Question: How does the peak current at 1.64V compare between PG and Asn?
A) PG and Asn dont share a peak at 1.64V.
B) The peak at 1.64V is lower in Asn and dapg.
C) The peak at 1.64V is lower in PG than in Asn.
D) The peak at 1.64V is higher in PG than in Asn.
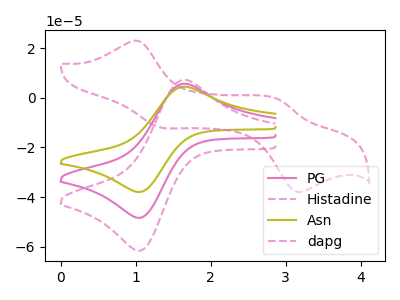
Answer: <think>The pink curve "PG" has an anodic peak at (1.65V, 5.70uA) and a cathodic peak at (1.05V, -48.35uA). The pink dashed curve "Histadine" has an anodic peak at (1.65V, 11.40uA) and a cathodic peak at (1.05V, -96.75uA). The olive curve "Asn" has an anodic peak at (1.65V, 4.45uA) and a cathodic peak at (1.05V, -37.95uA). The pink dashed curve "dapg" has anodic peaks at (1.00V, 22.95uA) (2.90V, -0.40uA) and cathodic peaks at (1.30V, -11.85uA) (3.15V, -37.75uA).</think>
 <answer>D) The peak at 1.64V is higher in "PG" than in "Asn".</answer>
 <eval>D</eval>